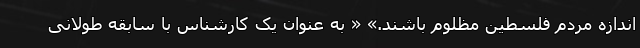
اندازه مردم فلسطین مظلوم باشند.» « به عنوان یک کارشناس با سابقه طولانی